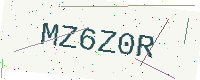
Text: MZ6Z0R